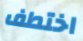
اختطف